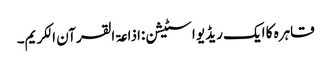
قاہرہ کا ایک ریڈیو اسٹیشن:اذاعۃ القرآن الکریم۔